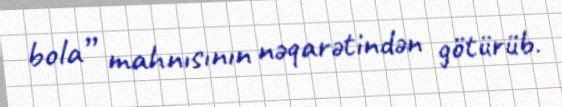
bola” mahnısının nəqarətindən götürüb.